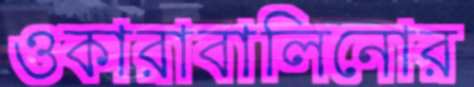
ওকারাবালিনোর